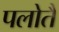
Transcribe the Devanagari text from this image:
पलोतै